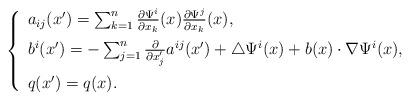
LaTeX: \begin{align*}\left \{ \begin{array}{lll}a_{ij}(x')=\sum^{n}_{k=1}\frac{\partial\Psi^i}{\partial x_k}(x)\frac{\partial\Psi^j}{\partial x_k}(x), \medskip \\b^i(x')=-\sum^{n}_{j=1}\frac{\partial}{\partial x'_j} a^{ij}(x')+\triangle \Psi^i(x)+b(x)\cdot\nabla\Psi^i(x), \medskip \\q(x')=q(x).\end{array}\right.\end{align*}